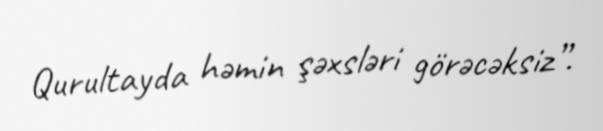
Qurultayda həmin şəxsləri görəcəksiz”.